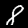
Label: 8